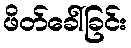
ဖိတ်ခေါ်ခြင်း